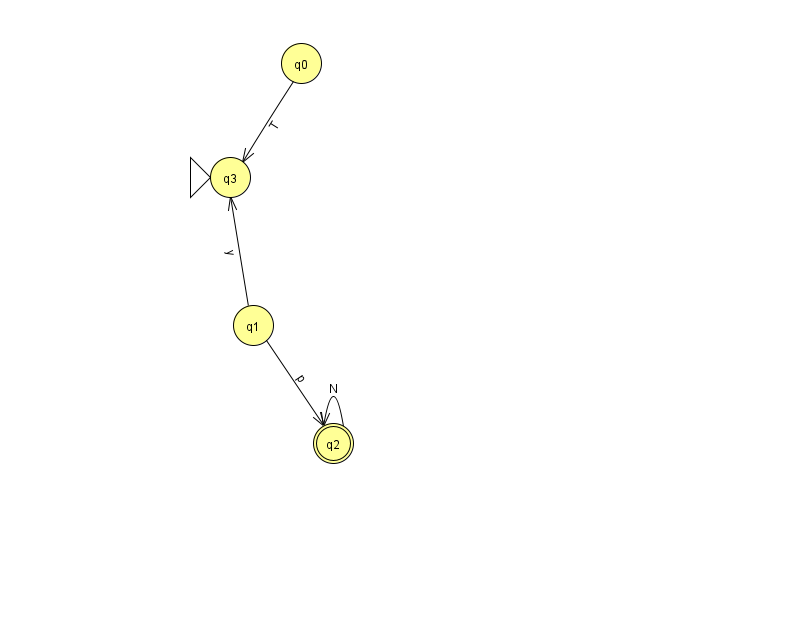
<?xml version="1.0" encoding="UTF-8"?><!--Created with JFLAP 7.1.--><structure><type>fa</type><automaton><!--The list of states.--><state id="0" name="q0"><x>301.0</x><y>50.0</y></state><state id="1" name="q1"><x>253.0</x><y>312.0</y></state><state id="2" name="q2"><x>333.0</x><y>430.0</y><final/></state><state id="3" name="q3"><x>230.0</x><y>164.0</y><initial/></state><!--The list of transitions.--><transition><from>0</from><to>3</to><read>T</read></transition><transition><from>1</from><to>3</to><read>y</read></transition><transition><from>1</from><to>2</to><read>p</read></transition><transition><from>2</from><to>2</to><read>N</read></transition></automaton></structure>